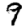
Digit: 9